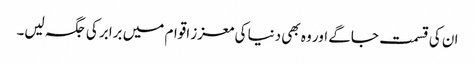
ان کی قسمت جاگے اور وہ بھی دنیا کی معزز اقوام میں برابر کی جگہ لیں۔